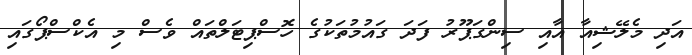
އަދި މެލޭޝިއާ އާއި ސިންގަޕޫރު ފަދަ ގައުމުތަކުގެ ހޮސްޕިޓަލްތައް ވެސް މި އެކްސްޕޯގައި